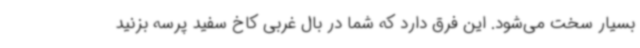
بسیار سخت می‌شود. این فرق دارد که شما در بال غربی کاخ سفید پرسه بزنید